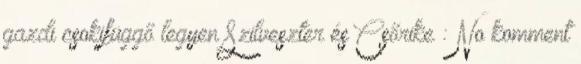
gazdi csokifüggő legyen Szilveszter és Csőrike : No komment